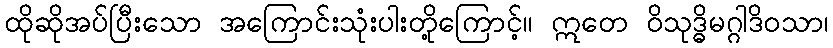
ထိုဆိုအပ်ပြီးသော အကြောင်းသုံးပါးတို့ကြောင့်။ ဣတေ ဝိသုဒ္ဓိမဂ္ဂါဒိဝသာ၊